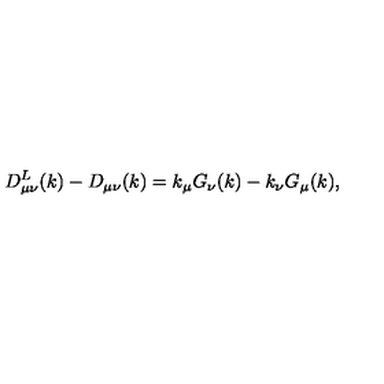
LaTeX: D _ { \mu \nu } ^ { L } ( k ) - D _ { \mu \nu } ( k ) = k _ { \mu } G _ { \nu } ( k ) - k _ { \nu } G _ { \mu } ( k ) ,